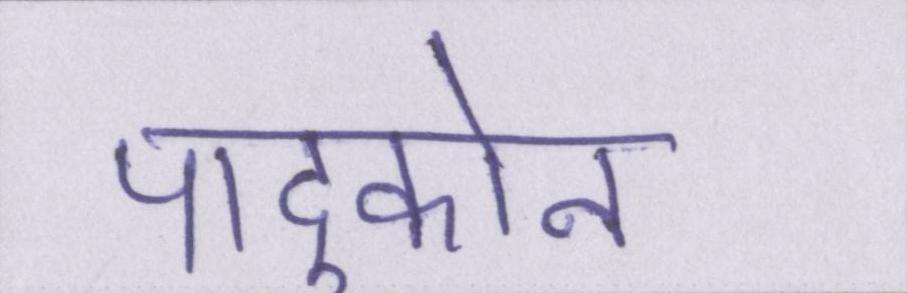
पादुकोन